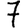
Digit: 7